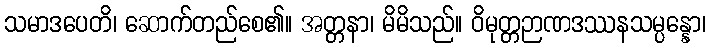
သမာဒပေတိ၊ ဆောက်တည်စေ၏။ အတ္တနာ၊ မိမိသည်။ ဝိမုတ္တဉာဏဒဿနသမ္ပန္နော၊